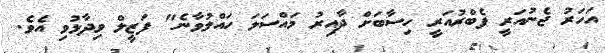
އަހަރު ޖެނުއަރީ ފެބްރުއަރީ ހިސާބަށް ދާއިރު މައްސަލަ ހައްލުވާނެ" ފަޒީލް ވިދާޅުވި އެވެ.